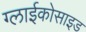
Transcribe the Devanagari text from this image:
ग्लाईकोसाइड